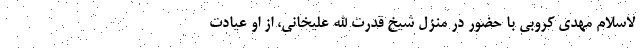
لاسلام مهدی کروبی با حضور در منزل شیخ قدرت الله علیخانی، از او عیادت